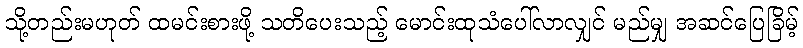
သို့တည်းမဟုတ် ထမင်းစားဖို့ သတိပေးသည့် မောင်းထုသံပေါ်လာလျှင် မည်မျှ အဆင်ပြေခြိမ့်